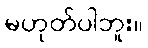
မဟုတ်ပါဘူး။